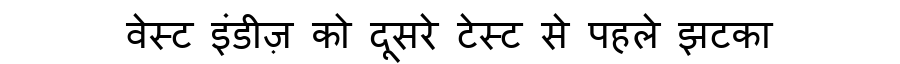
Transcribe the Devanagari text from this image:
वेस्ट इंडीज़ को दूसरे टेस्ट से पहले झटका